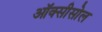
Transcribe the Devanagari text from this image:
ऑक्सीसोल